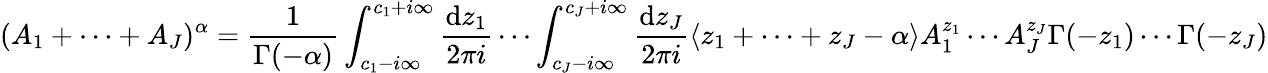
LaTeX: (A_{1}+\cdots+A_{J})^{\alpha}=\frac{1}{\Gamma(-\alpha)}\int_{c_{1}-i\infty}^{c_{1}+i\infty}\frac{\mathrm{d}z_{1}}{2\pi i}\cdots\int_{c_{J}-i\infty}^{c_{J}+i\infty}\frac{\mathrm{d}z_{J}}{2\pi i}\langle z_{1}+\cdots+z_{J}-\alpha\rangle A_{1}^{z_{1}}\cdots A_{J}^{z_{J}}\Gamma(-z_{1})\cdots\Gamma(-z_{J})